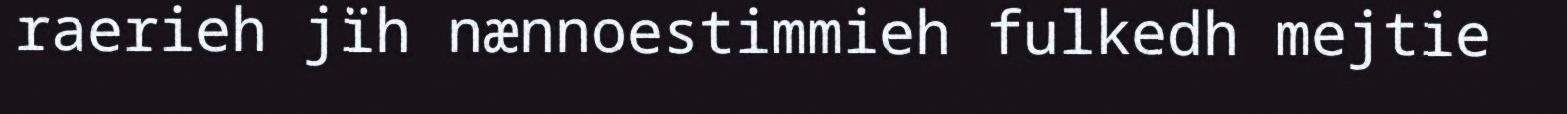
raerieh jïh nænnoestimmieh fulkedh mejtie